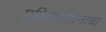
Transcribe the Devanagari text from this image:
मुद्रितशोधनाचा